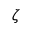
\zeta